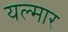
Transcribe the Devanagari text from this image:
यल्मार